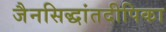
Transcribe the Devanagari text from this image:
जैनसिद्धांतदीपिका